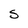
Character: s